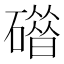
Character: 𰧦